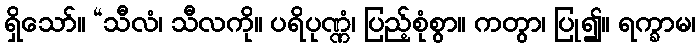
ရှိသော်။ “သီလံ၊ သီလကို။ ပရိပုဏ္ဏံ၊ ပြည့်စုံစွာ။ ကတွာ၊ ပြု၍။ ရက္ခာမ၊